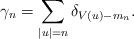
LaTeX: \begin{align*} \gamma_n = \sum_{|u|=n} \delta_{V(u) - m_n}.\end{align*}